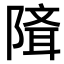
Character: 𨻕